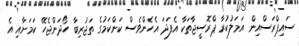
ސައިޕްރަސްއިން އަމަލުކުރާ ޕްރޮސީޖާތަކާ އެފަދަ އެހެންވެސް ކަންކަމުގެ ތަޖުރިބާ ހޯދަންޖެހޭ ކަމަށާއި އެ